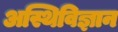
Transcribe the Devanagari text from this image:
अस्थिविज्ञान